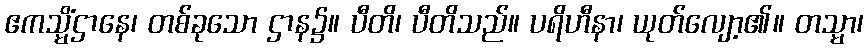
ဧကသ္မိံဌာနေ၊ တစ်ခုသော ဌာန၌။ ပီတိ၊ ပီတိသည်။ ပရိဟီနာ၊ ယုတ်လျော့၏။ တသ္မာ၊